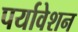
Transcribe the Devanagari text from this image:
पर्यावेशन